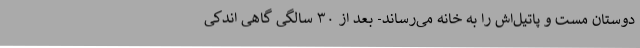
دوستان مست و پاتیل‌اش را به خانه می‌رساند- بعد از ۳۰ سالگی گاهی اندکی